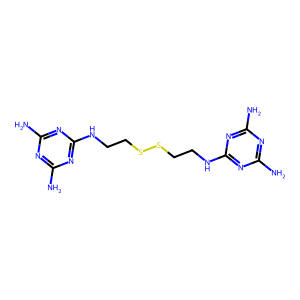
SMILES: Nc1nc(N)nc(NCCSSCCNc2nc(N)nc(N)n2)n1
Inhibits HIV replication: No